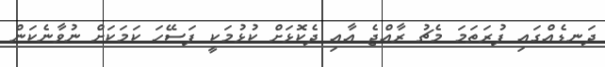
ދަނޑެއްގައި ފުރަތަމަ މެޗު ރާއްޖެ އާއި ދެކޮޅަށް ކުޅުމަކީ ފަސޭހަ ކަމަކަށް ނުވާނެކަން